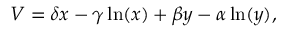
V = \delta x - \gamma \ln ( x ) + \beta y - \alpha \ln ( y ) ,